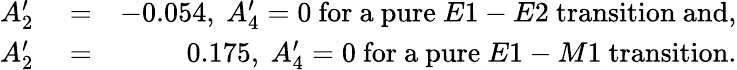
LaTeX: \begin{array}{rlr}{A_{2}^{\prime}}&{{}=}&{-0.054,\ A_{4}^{\prime}=0\ \mathrm{for\ a\ pure}\ E1-E2\mathrm{\ transition\ and,}}\\ {A_{2}^{\prime}}&{{}=}&{0.175,\ A_{4}^{\prime}=0\ \mathrm{for\ a\ pure}\ E1-M1\mathrm{\ transition.}}\end{array}